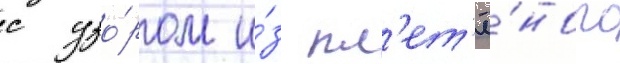
с узо́ром и́з пл'ет'ё́ного